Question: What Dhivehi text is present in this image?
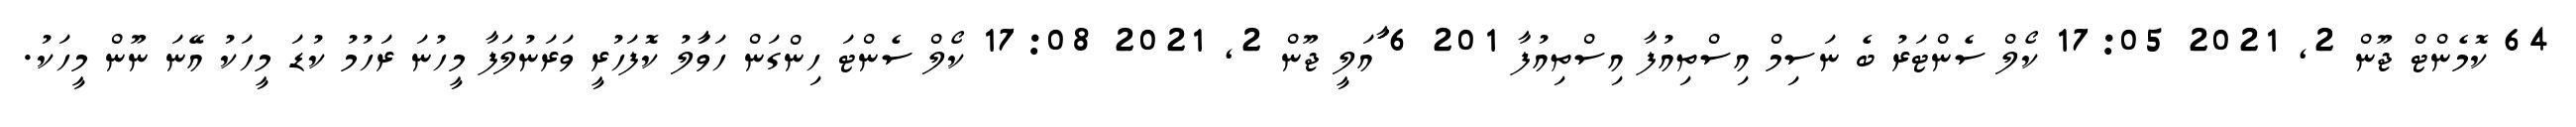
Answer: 64 ކޮމެންޓް ޖޫން 2, 2021 17:05 ކޯލް ސެންޓަރު ބެ ނަސިމް އިސްތިއުފާ އިސްތިއުފާ 201 6 ާަަަަަައަލީ ޖޫން 2, 2021 17:08 ކޯލް ސެންޓަ ހިންގަން ހަވަާލު ކޮފަހުރީ ވަރަނުލަފާ މީހުނަ ރަހުމު ކުޑަ މީހަކު އޭނަ ނޫން މީހަކު.